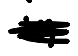
Text: in
Cross-out: scratch
Writing tool: digital_black